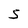
Character: S